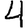
Digit: 4